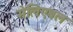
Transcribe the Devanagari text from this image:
मेलिएबल